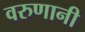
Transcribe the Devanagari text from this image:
वरुणानी